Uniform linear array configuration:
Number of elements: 32
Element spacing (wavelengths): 0.75
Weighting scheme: hamming
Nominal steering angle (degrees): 15
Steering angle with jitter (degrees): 13.529
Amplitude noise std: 0.05
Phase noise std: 0.05

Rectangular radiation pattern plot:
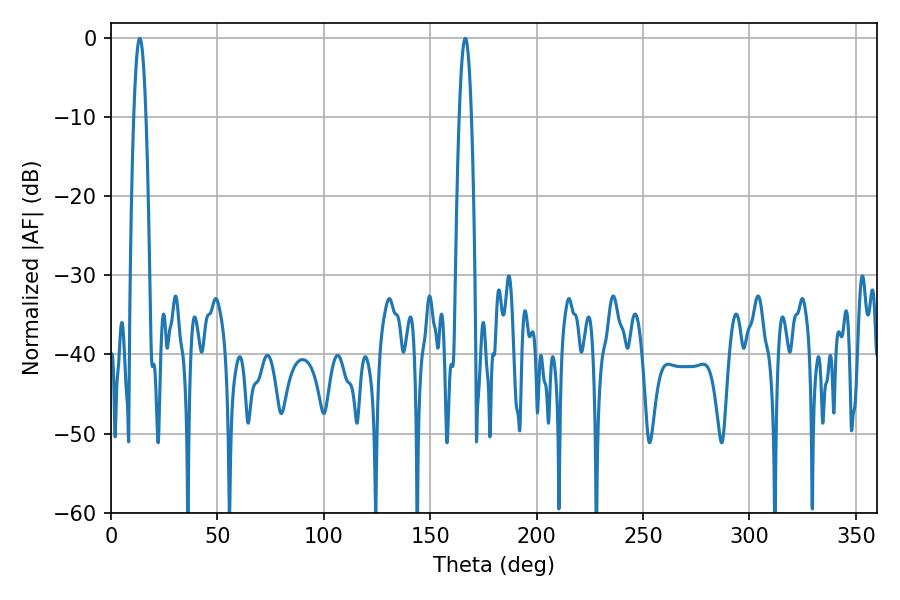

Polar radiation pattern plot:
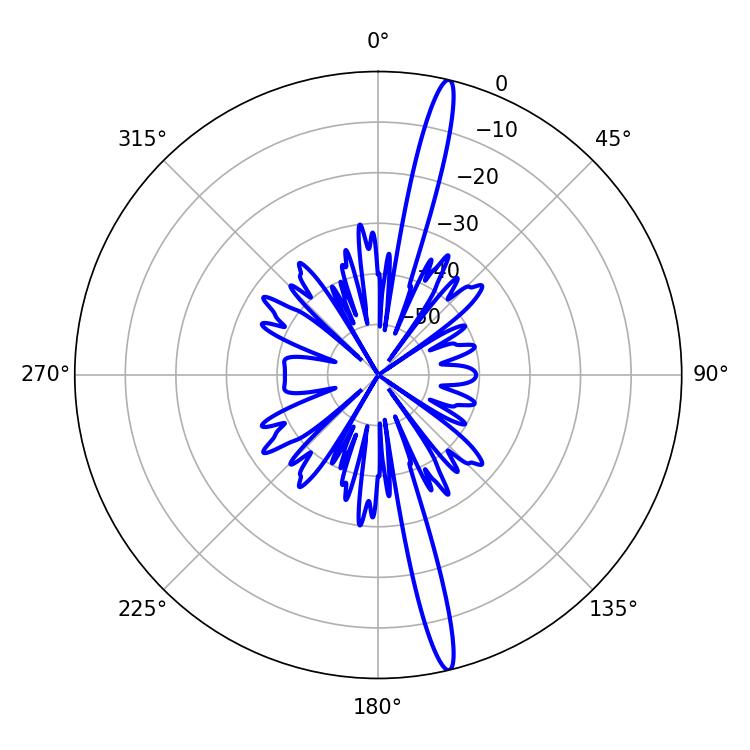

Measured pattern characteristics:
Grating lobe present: TRUE
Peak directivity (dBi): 18.547
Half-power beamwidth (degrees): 3.06
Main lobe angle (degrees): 166.5